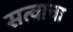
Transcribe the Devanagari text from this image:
सत्वाचा